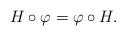
LaTeX: \begin{align*}H\circ\varphi=\varphi\circ H.\end{align*}